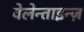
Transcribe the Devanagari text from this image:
वेलेन्ताइन्ज़